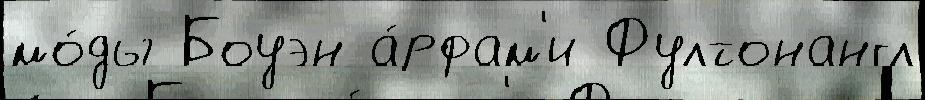
мо́ды Боуэн а́рфам'и Фултонангл